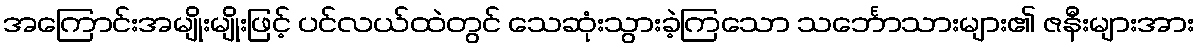
အကြောင်းအမျိုးမျိုးဖြင့် ပင်လယ်ထဲတွင် သေဆုံးသွားခဲ့ကြသော သင်္ဘောသားများ၏ ဇနီးများအား